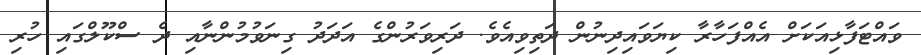
ވައްޓަފާޅިއަކަށް އެއްފަހާރާ ކިޔަވައިދިނުން ދަތިވިއެވެ. ދަރިވަރުންގެ އަދަދު ގިނަވުމުންނާއި ދެ ސްކޫލްގައި ހުރި